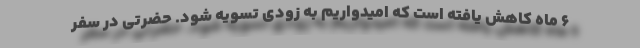
۶ ماه کاهش یافته است که امیدواریم به زودی تسویه شود. حضرتی در سفر